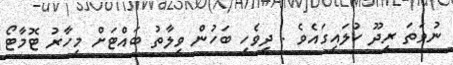
ނުވަތަ ރީދޫ ކުލައިގައެވެ . ދިވެހި ބަހުން ވިލާތު ބައްޓަށް މިހާރު ޓޮމާޓޯ